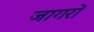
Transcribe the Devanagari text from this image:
जागरों